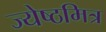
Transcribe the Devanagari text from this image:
ज्येष्ठमित्र